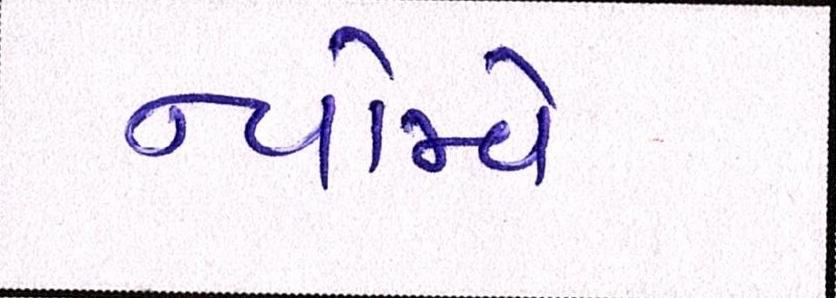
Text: ન્યોમ્વે